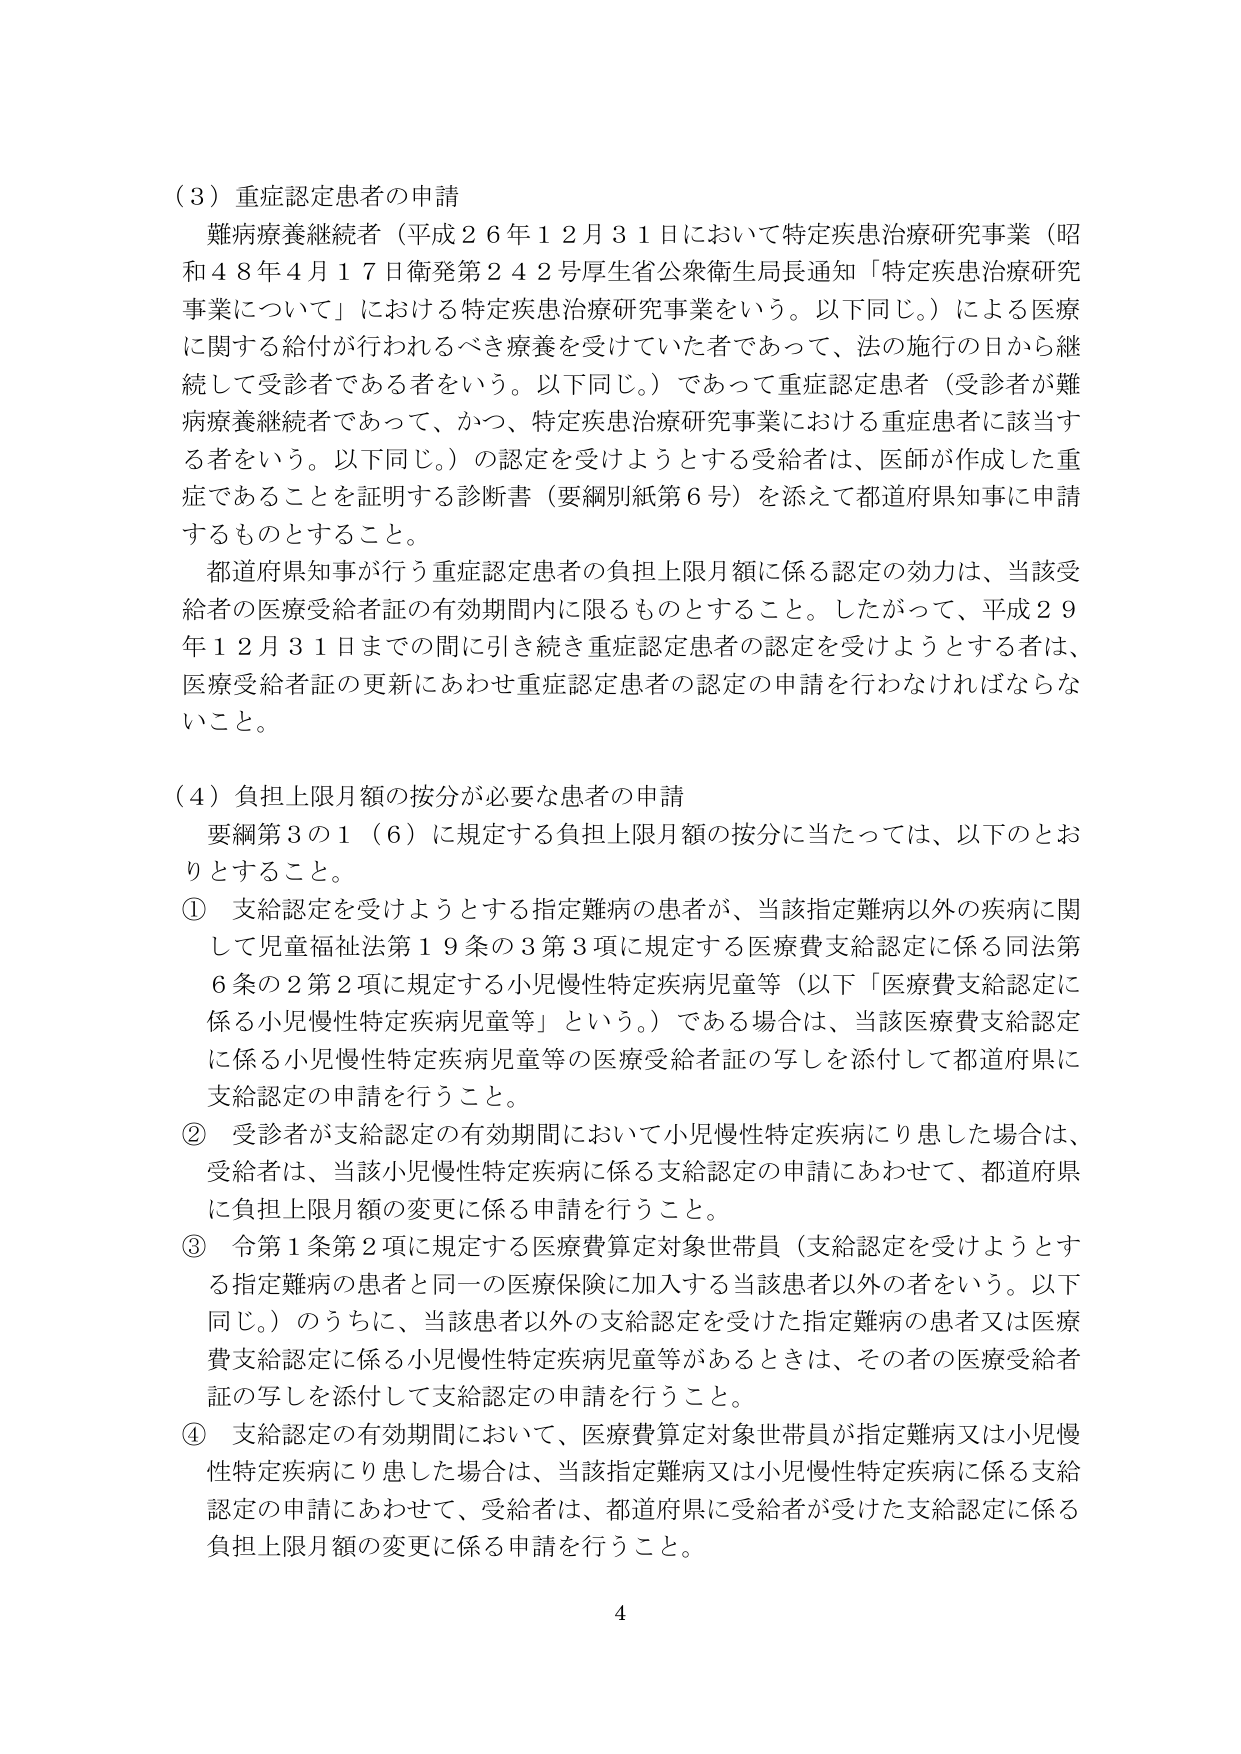
（３）重症認定患者の申請
難病療養継続者（平成２６年１２月３１日において特定疾患治療研究事業（昭和４８年４月１７日衛発第２４２号厚生省公衆衛生局長通知「特定疾患治療研究事業について」における特定疾患治療研究事業をいう。以下同じ。）による医療に関する給付が行われるべき療養を受けていた者であって、法の施行の日から継続して受診者である者をいう。以下同じ。）であって重症認定患者（受診者が難病療養継続者であって、かつ、特定疾患治療研究事業における重症患者に該当する者をいう。以下同じ。）の認定を受けようとする受給者は、医師が作成した重症であることを証明する診断書（要綱別紙第６号）を添えて都道府県知事に申請するものとする。
都道府県知事が行う重症認定患者の負担上限月額に係る認定の効力は、当該受給者の医療受給者証の有効期間内に限るものとすること。したがって、平成２９年１２月３１日までの間に引き続き重症認定患者の認定を受けようとする者は、医療受給者証の更新にあわせ重症認定患者の認定の申請を行わなければならないこと。

（４）負担上限月額の按分が必要な患者の申請
要綱第３の１（６）に規定する負担上限月額の按分に当たっては、以下のとおりとすること。
① 支給認定を受けようとする指定難病の患者が、当該指定難病以外の疾病に関して児童福祉法第１９条の３第３項に規定する医療費支給認定に係る同法第６条の２第２項に規定する小児慢性特定疾病児童等（以下「医療費支給認定に係る小児慢性特定疾病児童等」という。）である場合は、当該医療費支給認定に係る小児慢性特定疾病児童等の医療受給者証の写しを添付して都道府県に支給認定の申請を行うこと。
② 受診者が支給認定の有効期間において小児慢性特定疾病にり患した場合は、受給者は、当該小児慢性特定疾病に係る支給認定の申請にあわせて、都道府県に負担上限月額の変更に係る申請を行うこと。
③ 令第１条第２項に規定する医療費算定対象世帯員（支給認定を受けようとする指定難病の患者と同一の医療保険に加入する当該患者以外の者をいう。以下同じ。）のうちに、当該患者以外の支給認定を受けた指定難病の患者又は医療費支給認定に係る小児慢性特定疾病児童等があるときは、その者の医療受給者証の写しを添付して支給認定の申請を行うこと。
④ 支給認定の有効期間において、医療費算定対象世帯員が指定難病又は小児慢性特定疾病にり患した場合は、当該指定難病又は小児慢性特定疾病に係る支給認定の申請にあわせて、受給者は、都道府県に受給者が受けた支給認定に係る負担上限月額の変更に係る申請を行うこと。

4